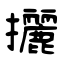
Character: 攦